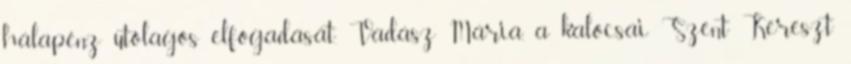
hálapénz utólagos elfogadását. Vadász Mária, a kalocsai Szent Kereszt